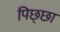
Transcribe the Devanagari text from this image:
पिछ्छा